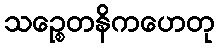
သဉ္စေတနိကဟေတု